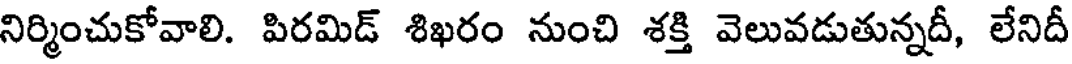
నిర్మించుకోవాలి. పిరమిడ్ శిఖరం నుంచి శక్తి వెలువడుతున్నదీ, లేనిదీ